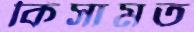
কিসামত